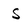
Character: S